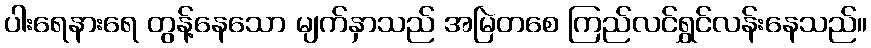
ပါးရေနားရေ တွန့်နေသော မျက်နှာသည် အမြဲတစေ ကြည်လင်ရွှင်လန်းနေသည်။